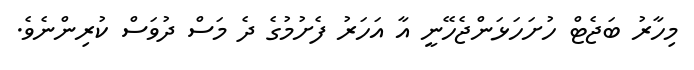
މިހާރު ބަޖެޓް ހުށަހަޅަންޖެހޭނީ އާ އަހަރު ފެށުމުގެ ދެ މަސް ދުވަސް ކުރިންނެވެ.